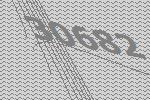
30682